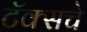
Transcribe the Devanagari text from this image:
टॅक्सचे